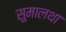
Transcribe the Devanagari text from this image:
सुमालथा